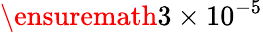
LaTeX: \ensuremath{3\times 10^{-5}}